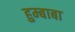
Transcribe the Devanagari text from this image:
हुम्बाबा